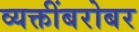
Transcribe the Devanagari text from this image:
व्यक्तींबरोबर